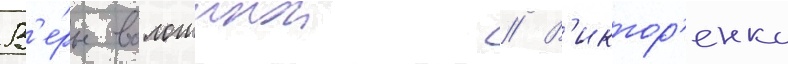
В'е́ры волошинои // В'иктор'енко